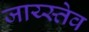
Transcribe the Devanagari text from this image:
जाय्स्तेव